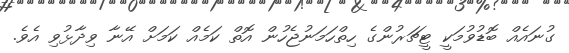
ގުނައެއް ބޮޑުވުމަކީ ޓީޗަރުންގެ ހިތްހަމަނުޖެހުން އޮތް ކަމެއް ކަމަށް އޭނާ ވިދާޅުވި އެވެ.